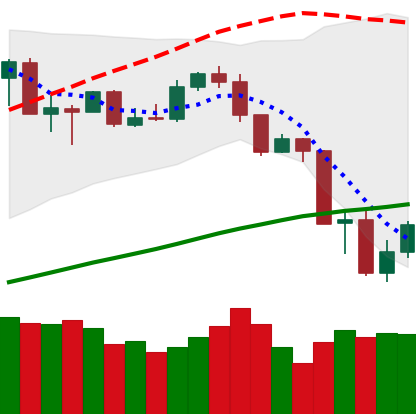
Ticker: ETH-USD
Chart end date: 2019-07-18
Forward return: -6.108%
Label: down_5_7